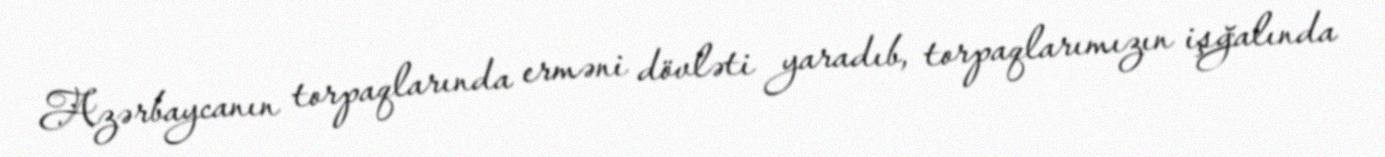
Azərbaycanın torpaqlarında erməni dövləti yaradıb, torpaqlarımızın işğalında